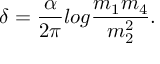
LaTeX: \delta = { \frac { \alpha } { 2 \pi } } l o g { \frac { m _ { 1 } m _ { 4 } } { m _ { 2 } ^ { 2 } } } .